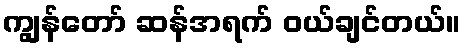
ကျွန်တော် ဆန်အရက် ဝယ်ချင်တယ်။